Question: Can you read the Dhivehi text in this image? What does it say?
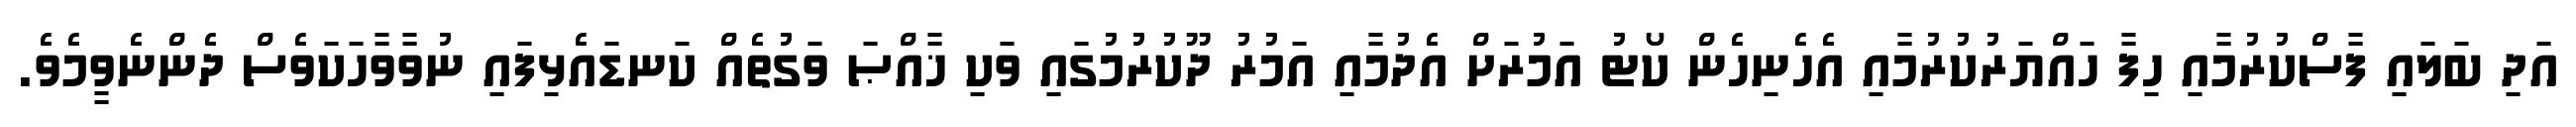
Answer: އަދި ބަލައި ފާސްކުރުމާއި ހިފާ ހައްޔަރުކުރުމާއި އެހެނިހެން ކޯޓު އަމުރަށް އެދުމާއި އަމުރު ދޫކުރުމުގައި ވަކި ޚާއްޞަ ވަގުތެއް ކަނޑައެޅިފައި ނުވާވާހަކަވެސް ދެންނެވީމެވެ.